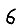
Digit: 6